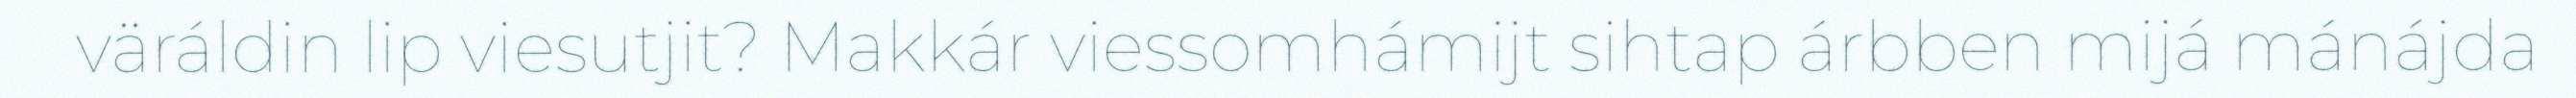
väráldin lip viesutjit? Makkár viessomhámijt sihtap árbben mijá mánájda